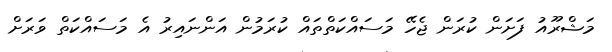
މަޝްރޫއު ފަށަން ކުރަން ޖެހޭ މަސައްކަތްތައް ކުރަމުން އަންނައިރު އެ މަސައްކަތް ވަރަށް